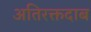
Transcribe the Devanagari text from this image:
अतिरक्तदाब